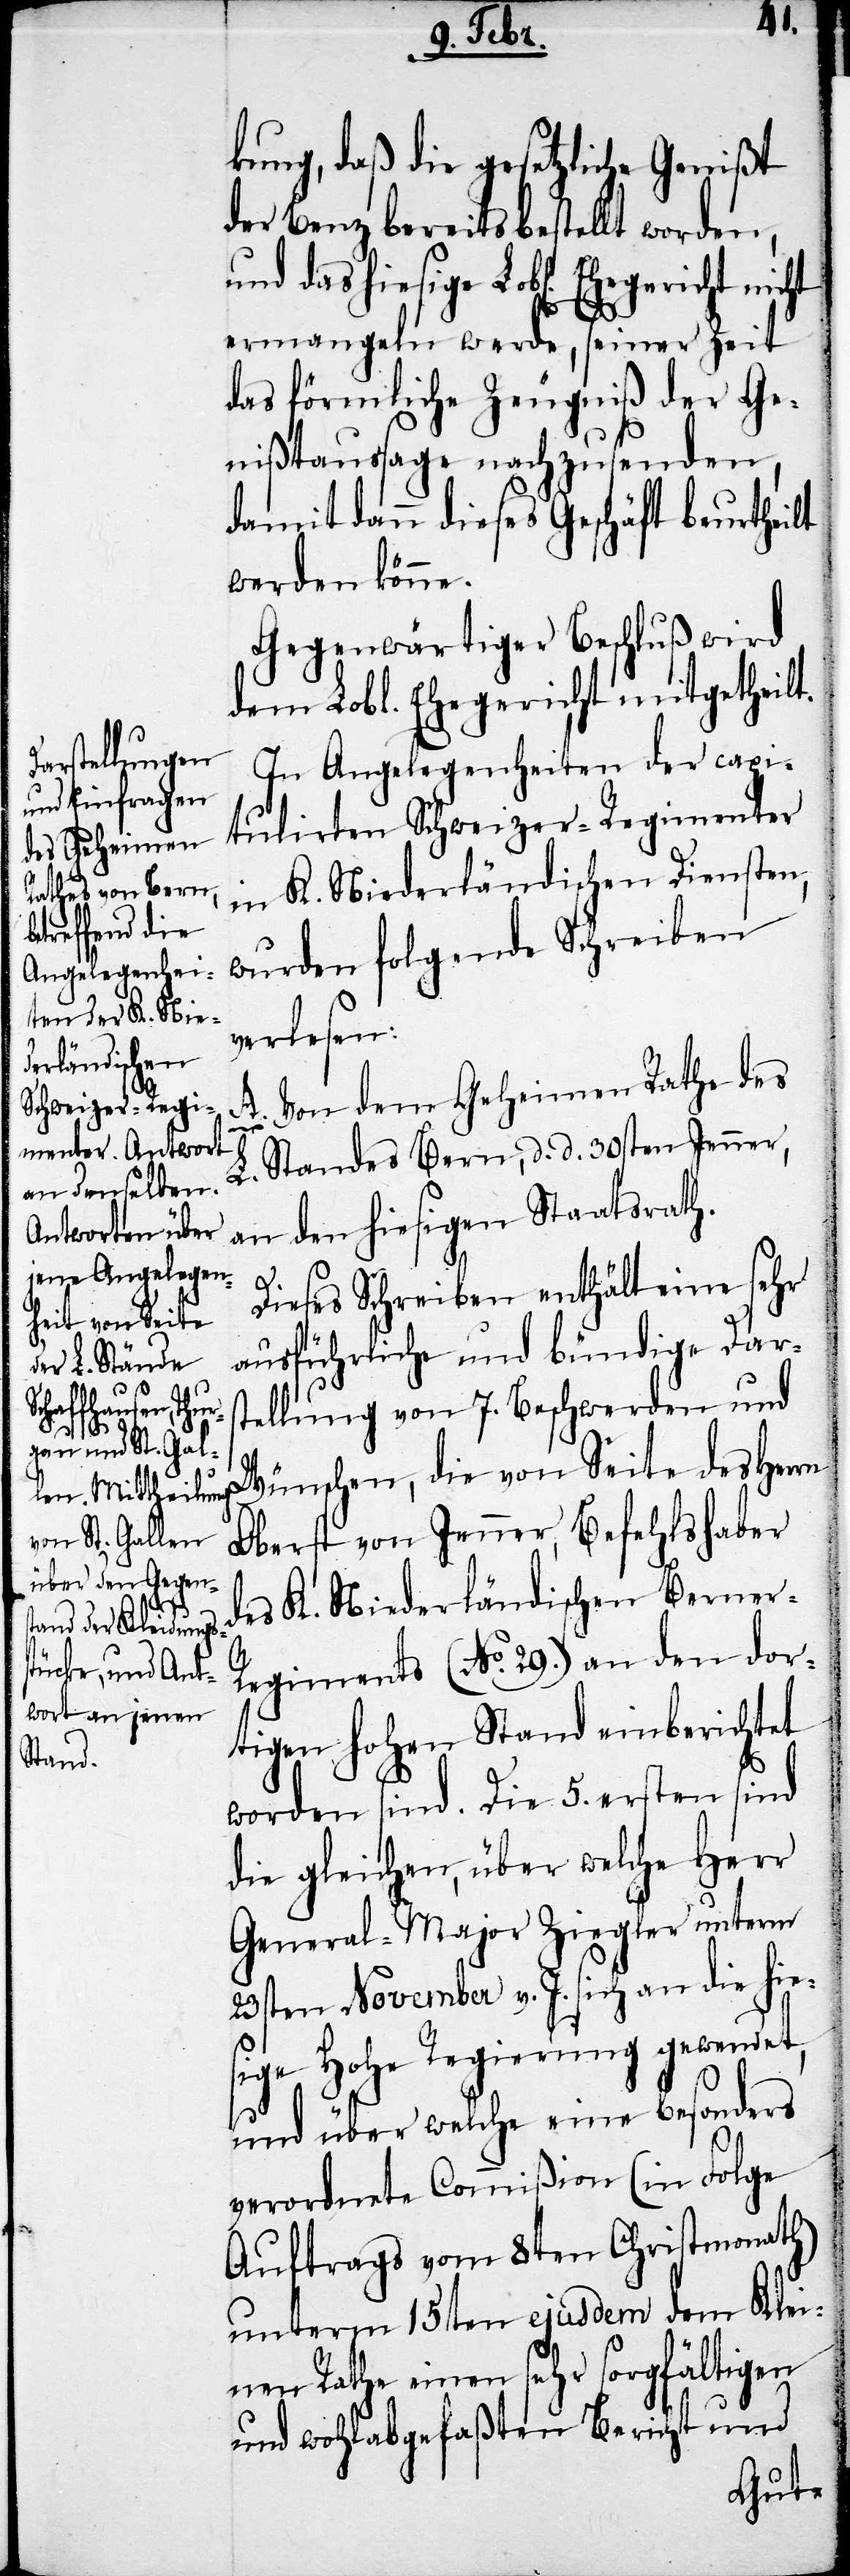
nicht

kung, daß die gesetzliche Genißt
der Benz bereits bestellt worden,
ermangeln werde, seiner Zeit
das förmliche Zeugniß der Ge¬
nißtaussage nachzusenden,
damit dann dieses Geschäft beurtheilt
werden könne.
Gegenwärtiger Beschluß wird
dem Lobl. Ehegericht mitgetheilt.
In Angelegenheiten der capi¬
tulirten Schweizer-Regimenter
in K. Niederländischen Diensten,
wurden folgende Schreiben
verlesen:
A. Von dem Geheimen Rathe des
L. Standes Bern, d. d. 30sten Jenner,
an den hiesigen Staatsrath.
Dieses Schreiben enthält eine sehr
ausführliche und bündige Dars¬
tellung von 7. Beschwerden und
Wünschen, die von Seite des Herrn
Oberst von Jenner, Befehlshaber
des K. Niederländischen Berner-R¬
egiments (N.o29.) an den dor¬
tigen hohen Stand einberichtet
worden sind. Die 5. ersten sind
die gleichen, über welche Herr
General-Major Ziegler unterm
23sten November v. J. sich an die hies¬
ige Hohe Regierung gewendet,
und über welche eine besonders
verordnete Commißion (in Folge
Auftrags vom 8ten Christmonath)
unterm 15ten ejusdem dem Klei¬
nen Rathe einen sehr sorgfältigen
und wohlabgefaßten Bericht und